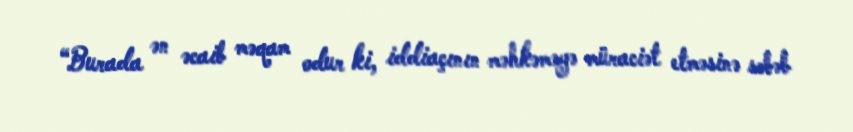
“Burada ən əcaib məqam odur ki, iddiaçının məhkəməyə müraciət etməsinə səbəb